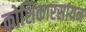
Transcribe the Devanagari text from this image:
कोशिकारसायन